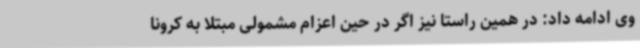
وی ادامه داد: در همین راستا نیز اگر در حین اعزام مشمولی مبتلا به کرونا